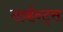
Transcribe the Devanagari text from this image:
सर्व्हन्ट्स